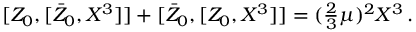
{ } [ Z _ { 0 } , [ \bar { Z } _ { 0 } , X ^ { 3 } ] ] + [ \bar { Z } _ { 0 } , [ Z _ { 0 } , X ^ { 3 } ] ] = ( \textstyle { \frac { 2 } { 3 } } \mu ) ^ { 2 } X ^ { 3 } \, .